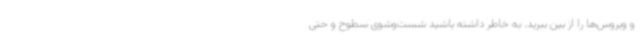
و ویروس‌ها را از بین ببرید. به‌ خاطر داشته باشید شست‌وشوی سطوح و حتی